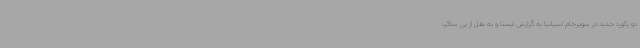
دو رکورد جدید در سوپرجام اسپانیا به گزارش ایسنا و به نقل از بی ساکر،